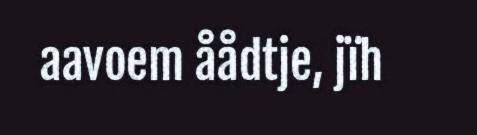
aavoem åådtje, jïh